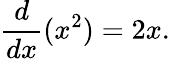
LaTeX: {\frac{d}{dx}}(x^{2})=2x.